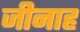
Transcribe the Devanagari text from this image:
जीनाह